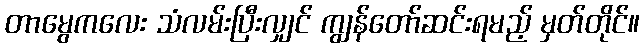
တာမွေကလေး သံလမ်းပြီးလျှင် ကျွန်တော်ဆင်းရမည့် မှတ်တိုင်။